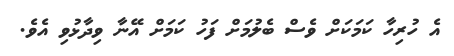
އެ ހުރިހާ ކަމަކަށް ވެސް ބެލުމަށް ފަހު ކަމަށް އޭނާ ވިދާޅުވި އެވެ.